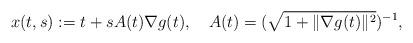
LaTeX: \begin{align*}x(t,s):=t+s A(t)\nabla g(t), \ \ \ A(t)=(\sqrt{1+\|\nabla g(t)\|^2})^{-1}, \end{align*}